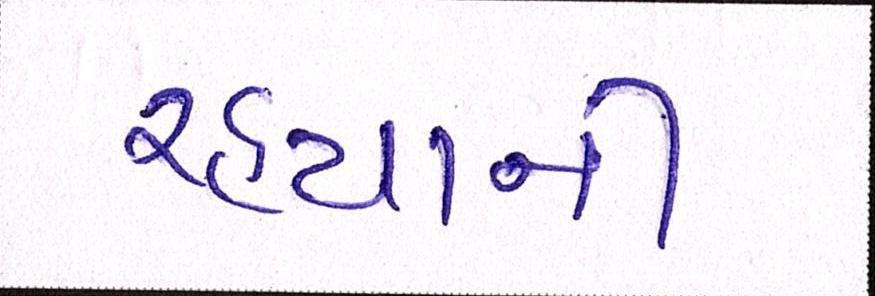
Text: રહ્યાની